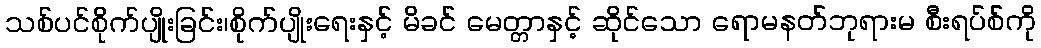
သစ်ပင်စိုက်ပျိုးခြင်း၊စိုက်ပျိုးရေးနှင့် မိခင် မေတ္တာနှင့် ဆိုင်သော ရောမနတ်ဘုရားမ စီးရပ်စ်ကို